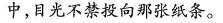
中，光不禁投向那张纸条。